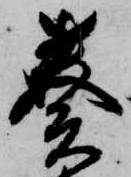
奏